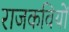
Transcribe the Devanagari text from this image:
राजकवियों